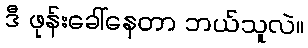
ဒီ ဖုန်းခေါ်နေတာ ဘယ်သူလဲ။